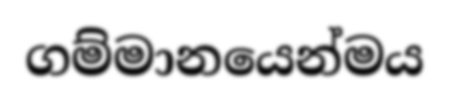
ගම්මානයෙන්මය